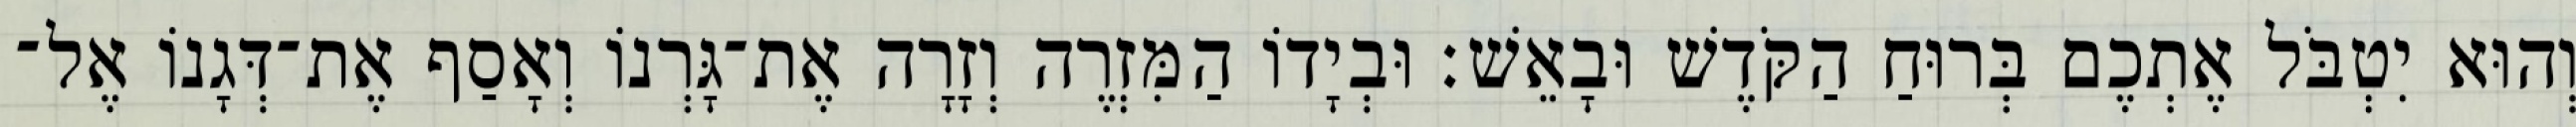
וְהוּא יִטְבֹּל אֶתְכֶם בְּרוּחַ הַקֹּדֶשׁ וּבָאֵשׁ׃ וּבְיָדוֹ הַמִּזְרֶה וְזָרָה אֶת־גָּרְנוֹ וְאָסַף אֶת־דְּגָנוֹ אֶל־